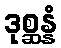
ဒုစ္ဆန္နံ